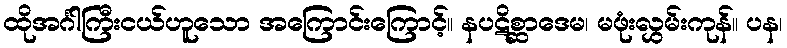
ထိုအင်္ဂါကြီးငယ်ဟူသော အကြောင်းကြောင့်။ နပဋိစ္ဆာဒေမ၊ မဖုံးလွှမ်းကုန်။ ပန၊